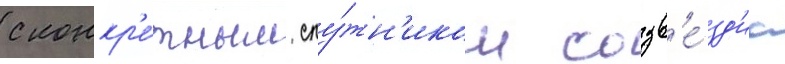
с конкр'е́тным спу́тн'иком созв'е́зд'иа